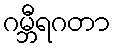
ဂမ္ဘီရဂတာ